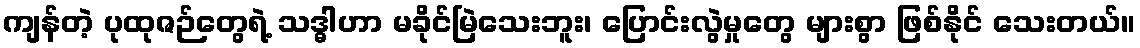
ကျန်တဲ့ ပုထုဇဉ်တွေရဲ့ သဒ္ဓါဟာ မခိုင်မြဲသေးဘူး၊ ပြောင်းလွဲမှုတွေ များစွာ ဖြစ်နိုင် သေးတယ်။